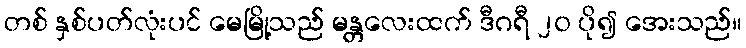
တစ် နှစ်ပတ်လုံးပင် မေမြို့သည် မန္တလေးထက် ဒီဂရီ ၂၀ ပို၍ အေးသည်။